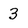
Character: 3